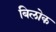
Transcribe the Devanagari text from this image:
बिलोक